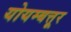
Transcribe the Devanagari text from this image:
योयम्बत्तूर